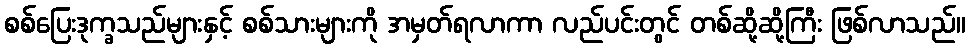
စစ်ပြေးဒုက္ခသည်များနှင့် စစ်သားများကို အမှတ်ရလာကာ လည်ပင်းတွင် တစ်ဆို့ဆို့ကြီး ဖြစ်လာသည်။